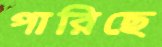
পারিছে